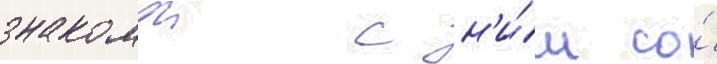
знакомои с н'и́м со́